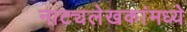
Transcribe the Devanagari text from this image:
नाट्यलेखकांमध्ये